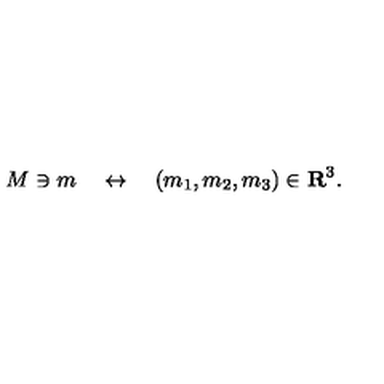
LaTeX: M \ni m \quad \leftrightarrow \quad ( m _ { 1 } , m _ { 2 } , m _ { 3 } ) \in { \bf R } ^ { 3 } .